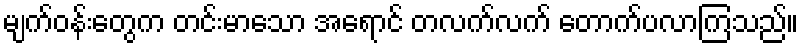
မျက်ဝန်းတွေက တင်းမာသော အရောင် တလက်လက် တောက်ပလာကြသည်။